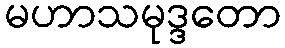
မဟာသမုဒ္ဒတော